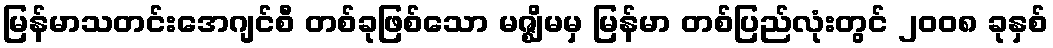
မြန်မာသတင်းအေဂျင်စီ တစ်ခုဖြစ်သော မဇ္ဈိမမှ မြန်မာ တစ်ပြည်လုံးတွင် ၂၀၀၈ ခုနှစ်